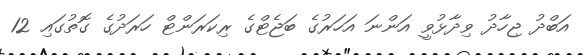
އަބްދު ޖިހާދު ވިދާޅުވީ އަންނަ އަހަރުގެ ބަޖެޓްގެ ރިކަރަންޓް ހަރަދުގެ ގޮތުގައި 12